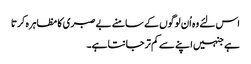
اس لئے وہ اُن لوگوں کے سامنے بے صبری کا مظاہرہ کرتا
ہے جنہیں اپنے سے کم تر جانتا ہے۔